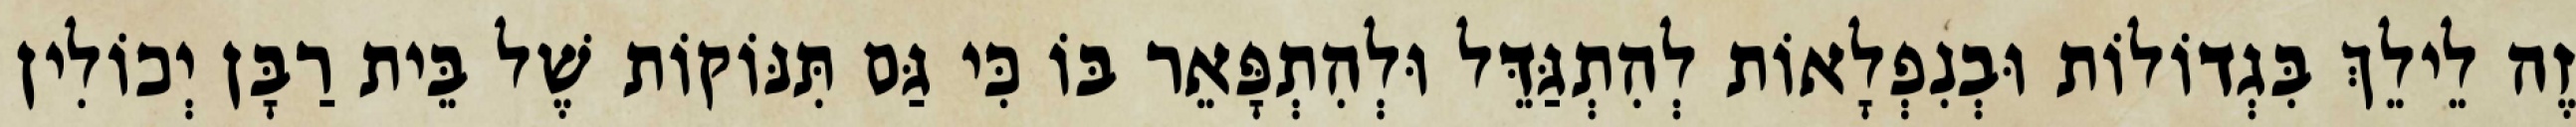
זֶה לֵילֵךְ בִּגְדוֹלוֹת וּבְנִפְלָאוֹת לְהִתְגַּדֵּל וּלְהִתְפָּאֵר בּוֹ כִּי גַּם תִּנּוֹקוֹת שֶׁל בֵּית רַבָּן יְכוֹלִין